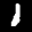
Label: 1